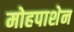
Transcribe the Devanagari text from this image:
मोहपाशेन